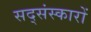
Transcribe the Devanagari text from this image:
सद्संस्कारों